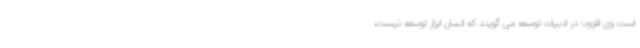
است وی افزود: در ادبیات توسعه می ‌گویند که انسان ابزار توسعه نیست،